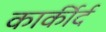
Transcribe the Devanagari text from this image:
कार्कीर्द